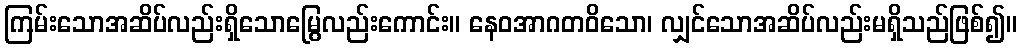
ကြမ်းသောအဆိပ်လည်းရှိသောမြွေလည်းကောင်း။ နေဝအာဂတဝိသော၊ လျှင်သောအဆိပ်လည်းမရှိသည်ဖြစ်၍။